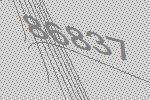
86837